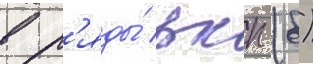
в р'яды́ вкп (б)